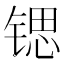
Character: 锶